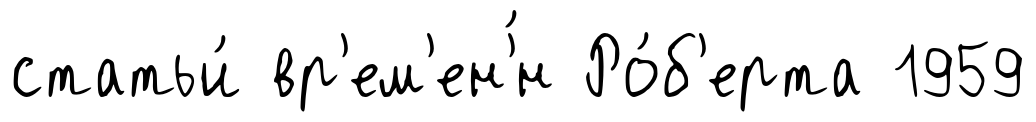
статьи́ вр'ем'ен'́н Ро́б'ерта 1959